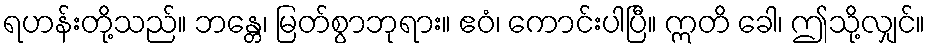
ရဟန်းတို့သည်။ ဘန္တေ၊ မြတ်စွာဘုရား။ ဧဝံ၊ ကောင်းပါပြီ။ ဣတိ ခေါ၊ ဤသို့လျှင်။